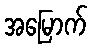
အမြောက်